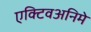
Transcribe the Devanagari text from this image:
एक्टिवअनिमे